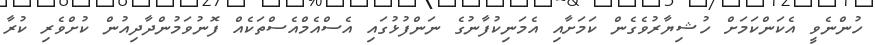
ހުންނެވީ އެކަންކަމަށް ހުޝިޔާރުވެގެން ކަމަށާއި އެމަނިކުފާނުގެ ނަންފުޅުގައި އެސްއެމްއެސްތަކެއް ފޮނުވަމުންދާދިއުން ކުށްވެރި ކުރާ